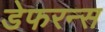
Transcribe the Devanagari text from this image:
डेफरन्स